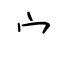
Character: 宀